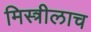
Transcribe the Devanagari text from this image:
मिस्त्रीलाच